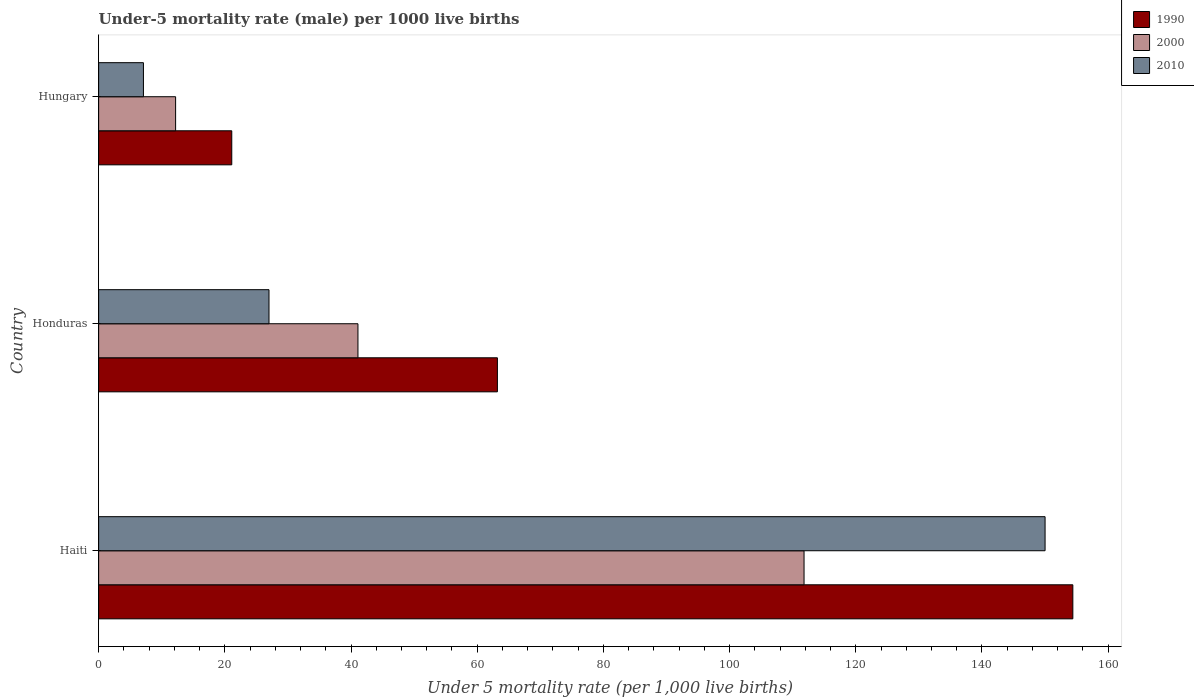
| Country | 1990 | 2000 | 2010 |
 | --- | --- | --- | --- |
 | Haiti | 154 | 112 | 150 |
 | Honduras | 63.2 | 41.1 | 27 |
 | Hungary | 21.1 | 12.2 | 7.1 |